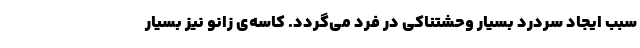
سبب ایجاد سردرد بسیار وحشتناکی در فرد می‌گردد. کاسه‌ی زانو نیز بسیار